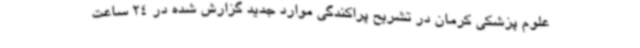
علوم پزشکی کرمان در تشریح پراکندگی موارد جدید گزارش شده در 24 ساعت